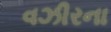
વઝીરના